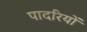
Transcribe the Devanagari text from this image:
पादरियों